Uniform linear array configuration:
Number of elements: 8
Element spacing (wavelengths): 0.25
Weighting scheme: exponential
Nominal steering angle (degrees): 0
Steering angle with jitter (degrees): -0.7731
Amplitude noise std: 0.05
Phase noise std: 0.05

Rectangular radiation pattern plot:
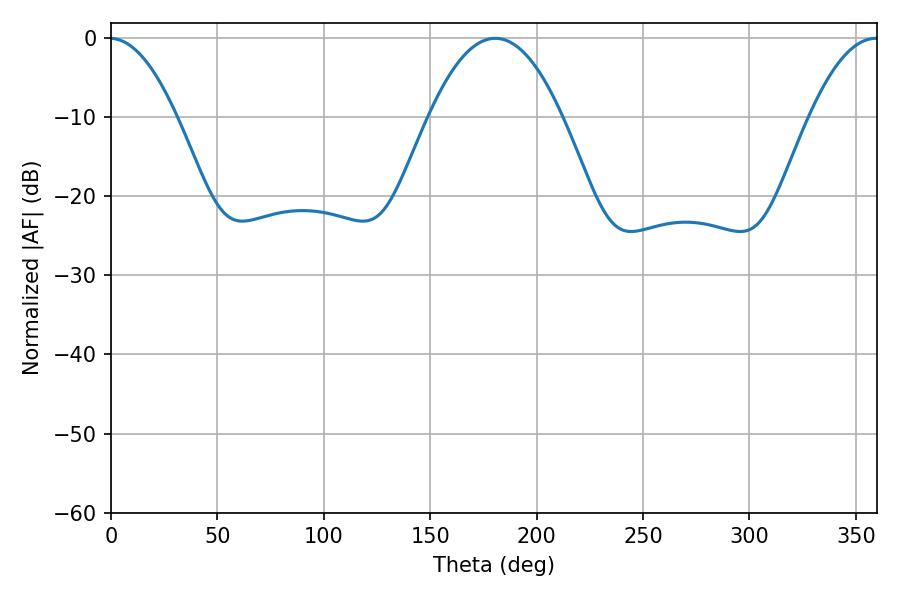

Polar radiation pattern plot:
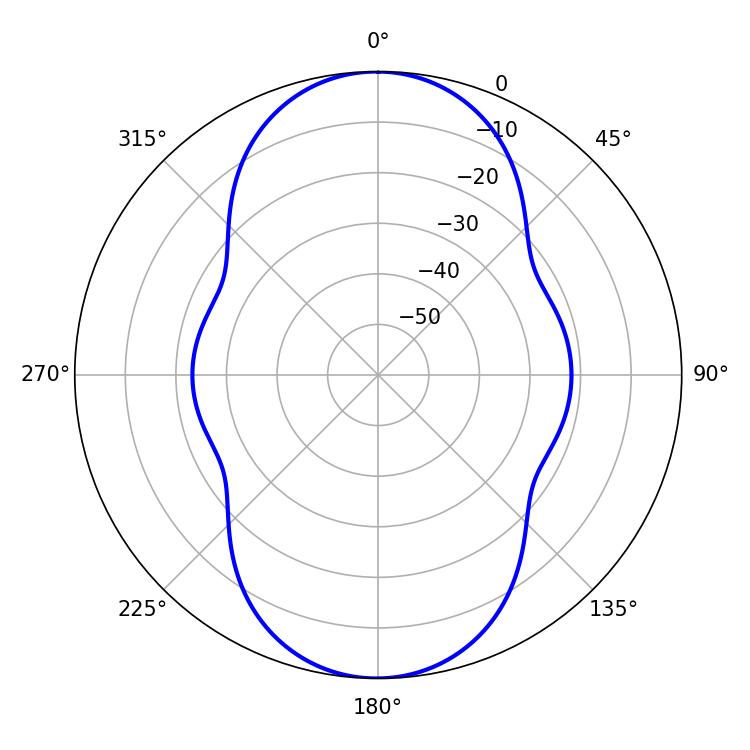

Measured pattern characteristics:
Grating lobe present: FALSE
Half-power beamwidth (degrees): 34.56
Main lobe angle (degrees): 180.54